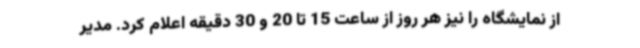
از نمایشگاه را نیز هر روز از ساعت 15 تا 20 و 30 دقیقه اعلام کرد. مدیر